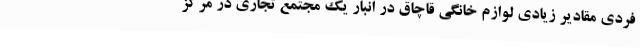
فردی مقادیر زیادی لوازم خانگی قاچاق در انبار یک مجتمع تجاری در مرکز